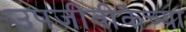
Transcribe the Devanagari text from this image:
उपजीवीकेच्या